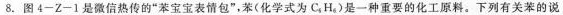
8. 图 4 - Z - 1 是微信热传的“苯宝宝表情包”，苯(化学式为C_{5}H_{6})是一种重要的化工原料。下列有关苯的说1